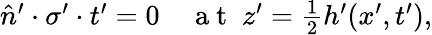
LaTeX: \begin{array}{r}{\hat{n}^{\prime}\cdot\sigma^{\prime}\cdot t^{\prime}=0\quad\mathrm{~a~t~}\; z^{\prime}=\frac{1}{2}h^{\prime}(x^{\prime},t^{\prime}),}\end{array}